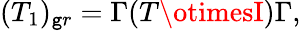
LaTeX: (T_{1})_{\mathtt{g}r}=\Gamma(T\otimesI)\Gamma,